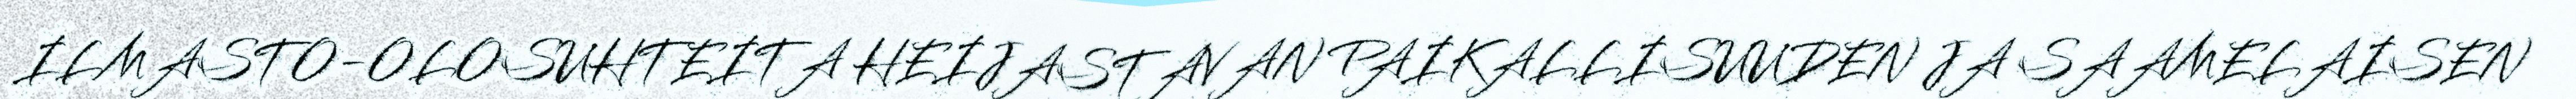
ILMASTO-OLOSUHTEITA HEIJASTAVAN PAIKALLISUUDEN JA SAAMELAISEN